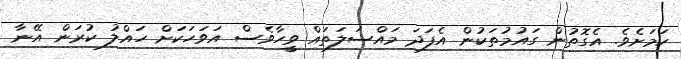
ކަމަށެވެ. އެގޮތުން ގައުމުތަކުން އެފަދަ މައްސަލަތައް ވީހާވެސް އަވަހަކަށް ހައްލު ކުރަން އޭނާ